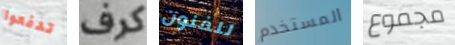
تدفعوا كرف للفنون المستخدم مجموع